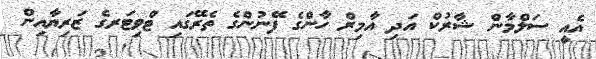
އެއީ ސަލްމާން ޝާރުކް އަދި އާމިރް ހާންގެ ފޭނުންގެ ތެރޭގައި ޓްވިޓަރގެ ޒަރިޔާއިން